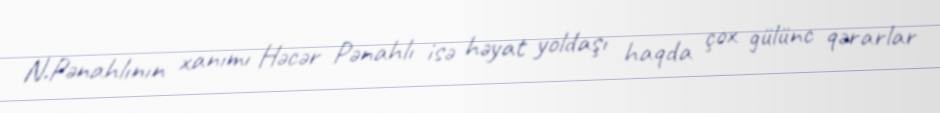
N.Pənahlının xanımı Həcər Pənahlı isə həyat yoldaşı haqda çox gülünc qərarlar